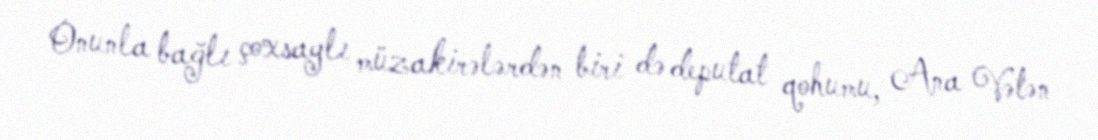
Onunla bağlı çoxsaylı müzakirələrdən biri də deputat qohumu, Ana Vətən